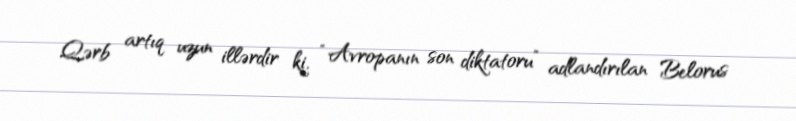
Qərb artıq uzun illərdir ki, “Avropanın son diktatoru” adlandırılan Belorus